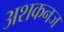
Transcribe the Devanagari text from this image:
अशकनज